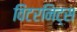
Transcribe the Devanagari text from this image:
विंटरनिट्‌स